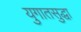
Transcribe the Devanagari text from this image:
युगातसुद्धा